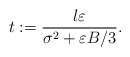
\begin{align*}t := \frac{l \varepsilon}{\sigma^2 + \varepsilon B / 3}.\end{align*}